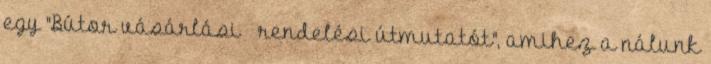
egy "Bútor vásárlási rendelési útmutatót", amihez a nálunk